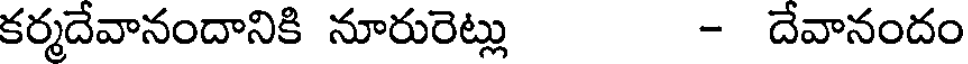
కర్మదేవానందానికి నూరురెట్లు - దేవానందం